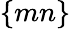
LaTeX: \{ mn\}